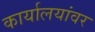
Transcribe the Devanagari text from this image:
कार्यालयांवर